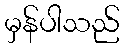
မှန်ပါသည်